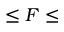
\le F \le